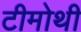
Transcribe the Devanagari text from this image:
टीमोथी